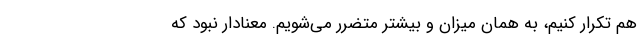
هم تکرار کنیم، به همان میزان و بیشتر متضرر می‌شویم. معنادار نبود که